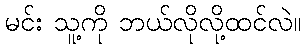
မင်း သူ့ကို ဘယ်လိုလို့ထင်လဲ။